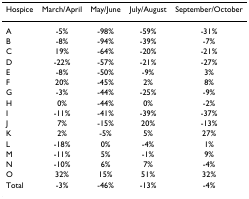
| Hospice | March/April | May/June | July/August | September/October |
 | --- | --- | --- | --- | --- |
 | A | -5% | -98% | -59% | -31% |
 | B | -8% | -94% | -39% | -7% |
 | C | 19% | -64% | -20% | -21% |
 | D | -22% | -57% | -21% | -27% |
 | E | -8% | -50% | -9% | 3% |
 | F | 20% | -45% | 2% | 8% |
 | G | -3% | -44% | -25% | -9% |
 | H | 0% | -44% | 0% | -2% |
 | I | -11% | -41% | -39% | -37% |
 | J | 7% | -15% | 20% | -13% |
 | K | 2% | -5% | 5% | 27% |
 | L | -18% | 0% | -4% | 1% |
 | M | -11% | 5% | -1% | 9% |
 | N | -10% | 6% | 7% | -4% |
 | O | 32% | 15% | 51% | 32% |
 | Total | -3% | -46% | -13% | -4% |